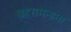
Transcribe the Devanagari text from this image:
बहरामनामा